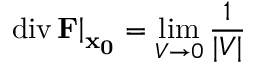
\left. \operatorname { d i v } \mathbf { F } \right| _ { \mathbf { x _ { 0 } } } = \operatorname* { l i m } _ { V \rightarrow 0 } { \frac { 1 } { | V | } }